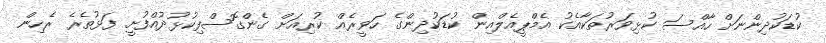
ކުޑަކުދިންނަށް ހާއްސަ ކުޅިވަރުތަކާއެކު އެމްޕީއެލްއިން ކުޑަކުދިންގެ ހަވީރެއް ކުރިއަށް ގެންގޮސްފިކުޅުދުއްފުށީ ފަޅުތެރެ ރެހިން